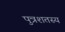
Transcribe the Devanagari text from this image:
पुत्रशतस्य